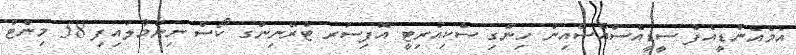
އެމްއެންޑީއެފް ސީޑީއެސްއެސްއިން ހިންގި ސެކިއުރިޓީ އޮފިސަރ ޓްރޭނިންގ ކޯސް ނިންމާލައިފި 58 މިނެޓް